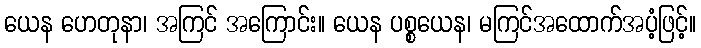
ယေန ဟေတုနာ၊ အကြင် အကြောင်း။ ယေန ပစ္စယေန၊ မကြင်အထောက်အပံ့ဖြင့်။